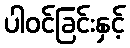
ပါဝင်ခြင်းနှင့်